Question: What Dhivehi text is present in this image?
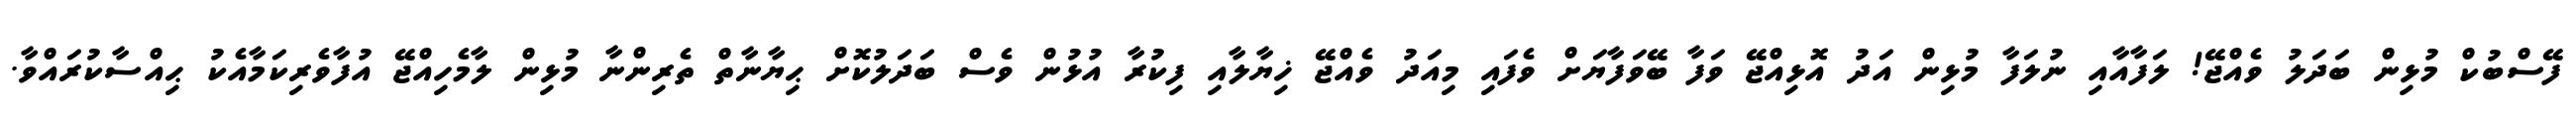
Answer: ފޭސްބުކް މުޅިން ބަދަލު ވެއްޖޭ! ލަފާއާއި ނުލަފާ މުޅިން އަދު އޮޅިއްޖޭ ވަފާ ބޭވަފާޔަށް ވެފައި މިއަދު ވެއްޖޭ ޚިޔާލާއި ފިކުރާ އުޅުން ވެސް ބަދަލުކޮށް ޙިޔާނާތް ތެރިންނާ މުޅިން ލާމެހިއްޖޭ އުފާވެރިކަމާއެކު ޙިއްސާކުރައްވާ.